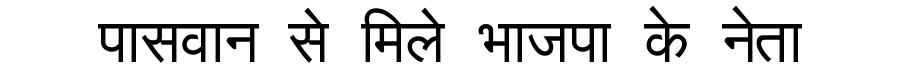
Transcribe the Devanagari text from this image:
पासवान से मिले भाजपा के नेता